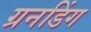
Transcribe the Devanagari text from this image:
ग्रनडिंग